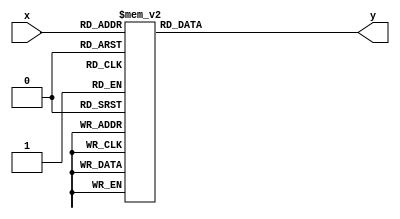
// --------------------------------------------------------------------
// Universitat Politcnica de Valncia
// Departamento de Ingeniera Electronica
// --------------------------------------------------------------------
// Sistemas Digitales Programables - MUISE
// Curso 2020 - 2021
// --------------------------------------------------------------------
// Prctica 5
// --------------------------------------------------------------------
// Nombre del archivo: porcentaje_a_log_4decadas.v
//
// Descripcin: Mdulo donde se convierte un valor de 0 a 100 (escala
//   lineal) a un valor en escala logartmica de 4 dcadas (de 1 a 10000).
//   Para ello se utiliza una simple lookup table.
//   Los valores se han generado mediante el siguiente script en Python:
//   
//   ******************************************************************
//     s = """"""
//     n = 4 # numero de decadas de la escala logaritmica
//     
//     for i in range(0, 101):
//         s += str(i) + ": y = " + str(round(10**(i*n/100))) + ";\n"
//     print(s)   
//   ******************************************************************
//
// --------------------------------------------------------------------
// Versin: V1.0 | Fecha Modificacin: 08/02/2021
//
// Autores: Pablo Roig Monzn y ngel Bellver Valera
// Ordenador de trabajo: Home y PC 8
// --------------------------------------------------------------------

module porcentaje_a_log_4decadas(
   input  [6:0]  x,
   output reg  [13:0] y
);

// Entrada X: escala lineal de 0 a 100
// Salida Y:  escala logartmica de 4 dcadas (de 1 a 10000)

always @(x)
begin
    case (x)
        0: y = 1;
        1: y = 1;
        2: y = 1;
        3: y = 1;
        4: y = 1;
        5: y = 2;
        6: y = 2;
        7: y = 2;
        8: y = 2;
        9: y = 2;
        10: y = 3;
        11: y = 3;
        12: y = 3;
        13: y = 3;
        14: y = 4;
        15: y = 4;
        16: y = 4;
        17: y = 5;
        18: y = 5;
        19: y = 6;
        20: y = 6;
        21: y = 7;
        22: y = 8;
        23: y = 8;
        24: y = 9;
        25: y = 10;
        26: y = 11;
        27: y = 12;
        28: y = 13;
        29: y = 14;
        30: y = 16;
        31: y = 17;
        32: y = 19;
        33: y = 21;
        34: y = 23;
        35: y = 25;
        36: y = 28;
        37: y = 30;
        38: y = 33;
        39: y = 36;
        40: y = 40;
        41: y = 44;
        42: y = 48;
        43: y = 52;
        44: y = 58;
        45: y = 63;
        46: y = 69;
        47: y = 76;
        48: y = 83;
        49: y = 91;
        50: y = 100;
        51: y = 110;
        52: y = 120;
        53: y = 132;
        54: y = 145;
        55: y = 158;
        56: y = 174;
        57: y = 191;
        58: y = 209;
        59: y = 229;
        60: y = 251;
        61: y = 275;
        62: y = 302;
        63: y = 331;
        64: y = 363;
        65: y = 398;
        66: y = 437;
        67: y = 479;
        68: y = 525;
        69: y = 575;
        70: y = 631;
        71: y = 692;
        72: y = 759;
        73: y = 832;
        74: y = 912;
        75: y = 1000;
        76: y = 1096;
        77: y = 1202;
        78: y = 1318;
        79: y = 1445;
        80: y = 1585;
        81: y = 1738;
        82: y = 1905;
        83: y = 2089;
        84: y = 2291;
        85: y = 2512;
        86: y = 2754;
        87: y = 3020;
        88: y = 3311;
        89: y = 3631;
        90: y = 3981;
        91: y = 4365;
        92: y = 4786;
        93: y = 5248;
        94: y = 5754;
        95: y = 6310;
        96: y = 6918;
        97: y = 7586;
        98: y = 8318;
        99: y = 9120;
        100: y = 10000;
        default: y = 0;
    endcase
end

endmodule